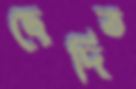
ছেদিত